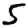
Digit: 5